Triennial report on the lunatic asylums in the province of Eastern Bengal and Assam - 1903-1911
Year: 1903
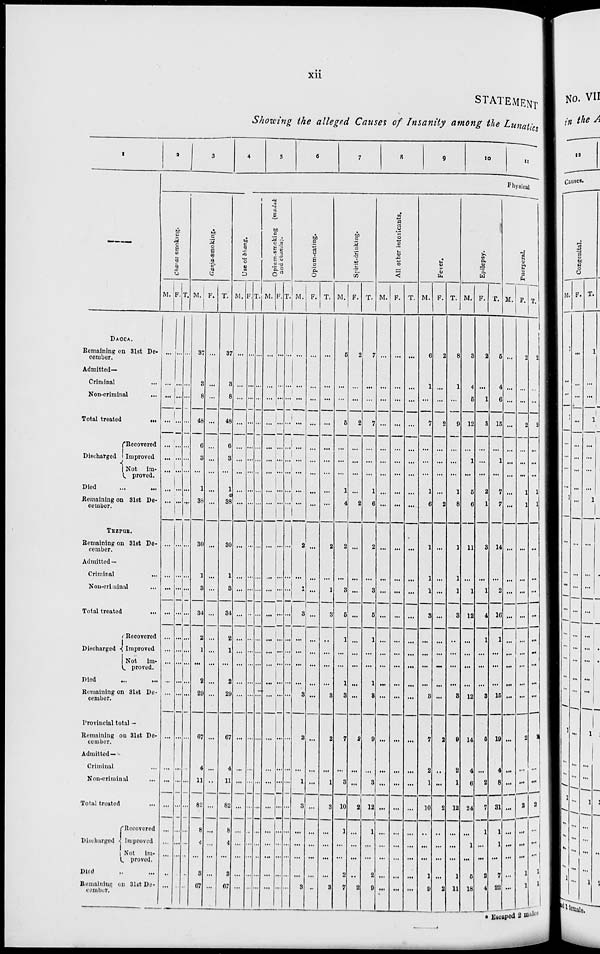
xii
STATEMENT
Showing the alleged Causes of Insanity among the Lunatics
1
—
DACCA.
Remaining on 31st De-
cember.
Admitted—
Criminal ...
Non-criminal
...
Total treated ...
Discharged
Recovered
Improved
Not
im-
proved.
Died
...
...
Remaining on 31st De-
cember.
TEZPUR.
Remaining on 31st De-
cember.
Admitted —
Criminal ...
Non-criminal ...
Total treated ...
Discharged
Recovered
Improved
Not
im-
proved.
Died ... ...
Remaining on 31st De-
cember.
Provincial total—
Remaining on 31st De-
cember.
Admitted—
Criminal ...
Non-criminal ...
Total treated ...
Discharged
Recovered
Improved
Not im-
proved.
Died ... ...
Remaining on 31st De-
cember.
2
3
4
5
6
7
8
9
10
11
Physical
Charas smoking.
M.
...
...
...
...
...
...
...
...
...
...
...
...
...
...
...
...
...
...
...
...
...
...
...
...
...
...
...
F.
...
...
...
...
...
...
...
...
...
...
...
...
...
...
...
...
...
...
...
...
...
...
...
...
...
...
...
T.
...
...
...
...
...
...
...
....
...
...
...
...
...
...
...
...
...
...
...
...
...
...
...
...
...
...
...
Ganja-smoking.
M.
37
3
8
48
6
3
...
1
38
30
1
3
34
2
1
...
2
29
67
4
11
82
8
4
...
3
67
F.
...
...
...
...
...
...
...
...
...
...
...
...
...
...
...
...
...
...
...
...
...
...
...
...
...
...
...
T.
37
3
8
48
6
3
...
1
38
30
1
3
34
2
1
...
2
29
67
4
11
82
8
4
...
3
67
Use of bhang.
M.
...
...
...
...
...
...
...
...
...
...
...
...
...
...
...
...
...
...
...
...
...
...
...
...
...
...
...
F.
...
...
...
...
...
...
...
...
...
...
...
...
...
...
...
...
...
...
...
...
...
...
...
...
...
...
...
T.
...
...
...
...
...
...
...
...
...
...
...
...
...
...
...
...
...
...
...
...
...
...
...
...
...
...
...
Opium-smoking
(madak
and chandu).
M.
...
...
...
...
...
...
...
...
...
...
...
...
...
...
...
...
...
...
...
...
...
...
...
...
...
...
...
F.
...
...
...
...
...
...
...
...
...
...
...
...
...
...
...
...
...
...
...
...
...
...
...
...
...
...
...
T.
...
...
...
...
...
...
...
...
...
...
...
...
...
...
...
...
...
...
...
...
...
...
...
...
...
...
...
Opium-eating.
M.
...
...
...
...
...
...
...
...
...
2
...
1
3
...
...
...
...
3
2
...
1
3
...
...
...
...
3
F.
...
...
...
...
...
...
...
...
...
...
...
...
...
...
...
...
...
...
...
...
...
...
...
...
...
...
...
T.
...
...
...
...
...
...
...
...
...
2
...
1
3
...
...
...
...
3
2
...
1
3
...
...
...
...
3
Spirit-drinking.
M.
5
...
...
5
...
...
...
1
4
2
...
3
6
1
...
...
1
3
7
...
3
10
...
...
...
2
7
F.
2
...
...
2
...
...
...
...
2
...
...
...
...
...
...
...
...
...
2
...
...
2
...
...
...
...
2
T.
7
...
...
7
...
...
...
1
6
2
...
3
6
1
...
...
1
3
9
...
3
12
...
...
...
2
9
All other intoxicants.
M.
...
...
...
...
...
...
...
...
...
...
...
...
...
...
...
...
...
...
...
...
...
...
...
...
...
...
F.
...
...
...
...
...
...
...
...
...
...
...
...
...
...
...
...
...
...
...
...
...
...
...
...
...
...
T.
...
...
...
...
...
...
...
...
...
...
...
...
...
...
...
...
...
...
...
...
...
...
...
...
...
...
Fever.
M.
6
1
...
7
...
...
...
1
6
1
1
1
3
...
...
...
...
3
7
2
1
10
...
...
...
1
9
F.
2
...
...
2
...
...
...
...
2
...
...
...
...
...
...
...
...
...
2
...
...
2
...
...
...
...
2
T.
8
1
...
9
...
...
...
1
8
1
1
1
3
...
...
...
...
3
9
2
1
12
...
...
...
1
11
Epilepsy.
M.
3
4
5
12
...
1
...
5
6
11
...
1
12
...
...
...
...
12
14
4
6
24
...
1
...
5
1
F.
2
...
1
3
...
...
...
2
1
3
...
1
4
1
...
...
...
3
5
...
2
7
1
...
...
2
18
T.
5
4
6
15
...
1
...
7
7
14
...
2
16
1
...
...
...
15
19
4
8
31
1
1
...
7
4
Puerperal.
M.
...
...
...
...
...
...
...
...
...
...
...
...
...
...
...
...
...
...
...
...
...
...
...
...
...
...
22
F.
2
...
...
2
...
...
...
1
1
...
...
...
...
...
...
...
...
...
2
...
...
2
...
...
...
1
1
T.
2
...
...
2
...
...
...
1
1
...
...
...
...
...
...
...
...
...
2
...
...
2
...
...
...
1
1
* Escaped 2 males